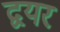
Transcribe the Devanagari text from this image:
द्वयर